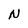
Character: N